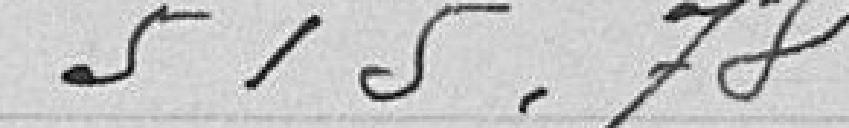
515,78